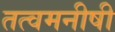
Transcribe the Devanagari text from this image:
तत्वमनीषी